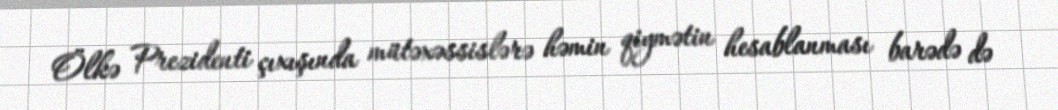
Ölkə Prezidenti çıxışında mütəxəssislərə həmin qiymətin hesablanması barədə də